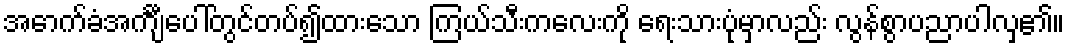
အောက်ခံအင်္ကျီပေါ်တွင်တပ်၍ထားသော ကြယ်သီးကလေးကို ရေးသားပုံမှာလည်း လွန်စွာပညာပါလှ၏။